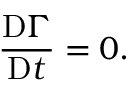
{ \frac { \mathrm { D } \Gamma } { \mathrm { D } t } } = 0 .